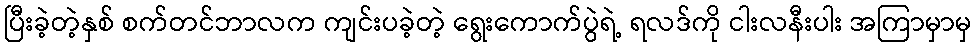
ပြီးခဲ့တဲ့နှစ် စက်တင်ဘာလက ကျင်းပခဲ့တဲ့ ရွေးကောက်ပွဲရဲ့ ရလဒ်ကို ငါးလနီးပါး အကြာမှာမှ